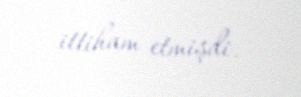
ittiham etmişdi.